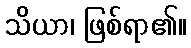
သိယာ၊ ဖြစ်ရာ၏။